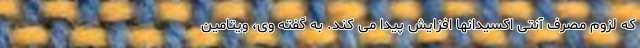
که لزوم مصرف آنتی اکسیدانها افزایش پیدا می کند. به گفته وی، ویتامین